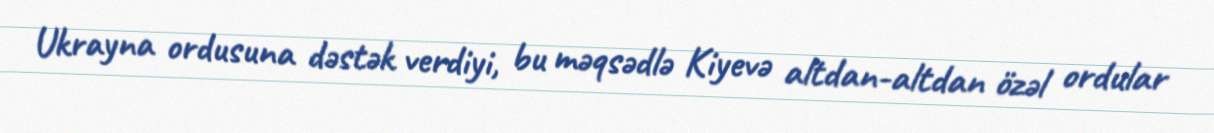
Ukrayna ordusuna dəstək verdiyi, bu məqsədlə Kiyevə altdan-altdan özəl ordular